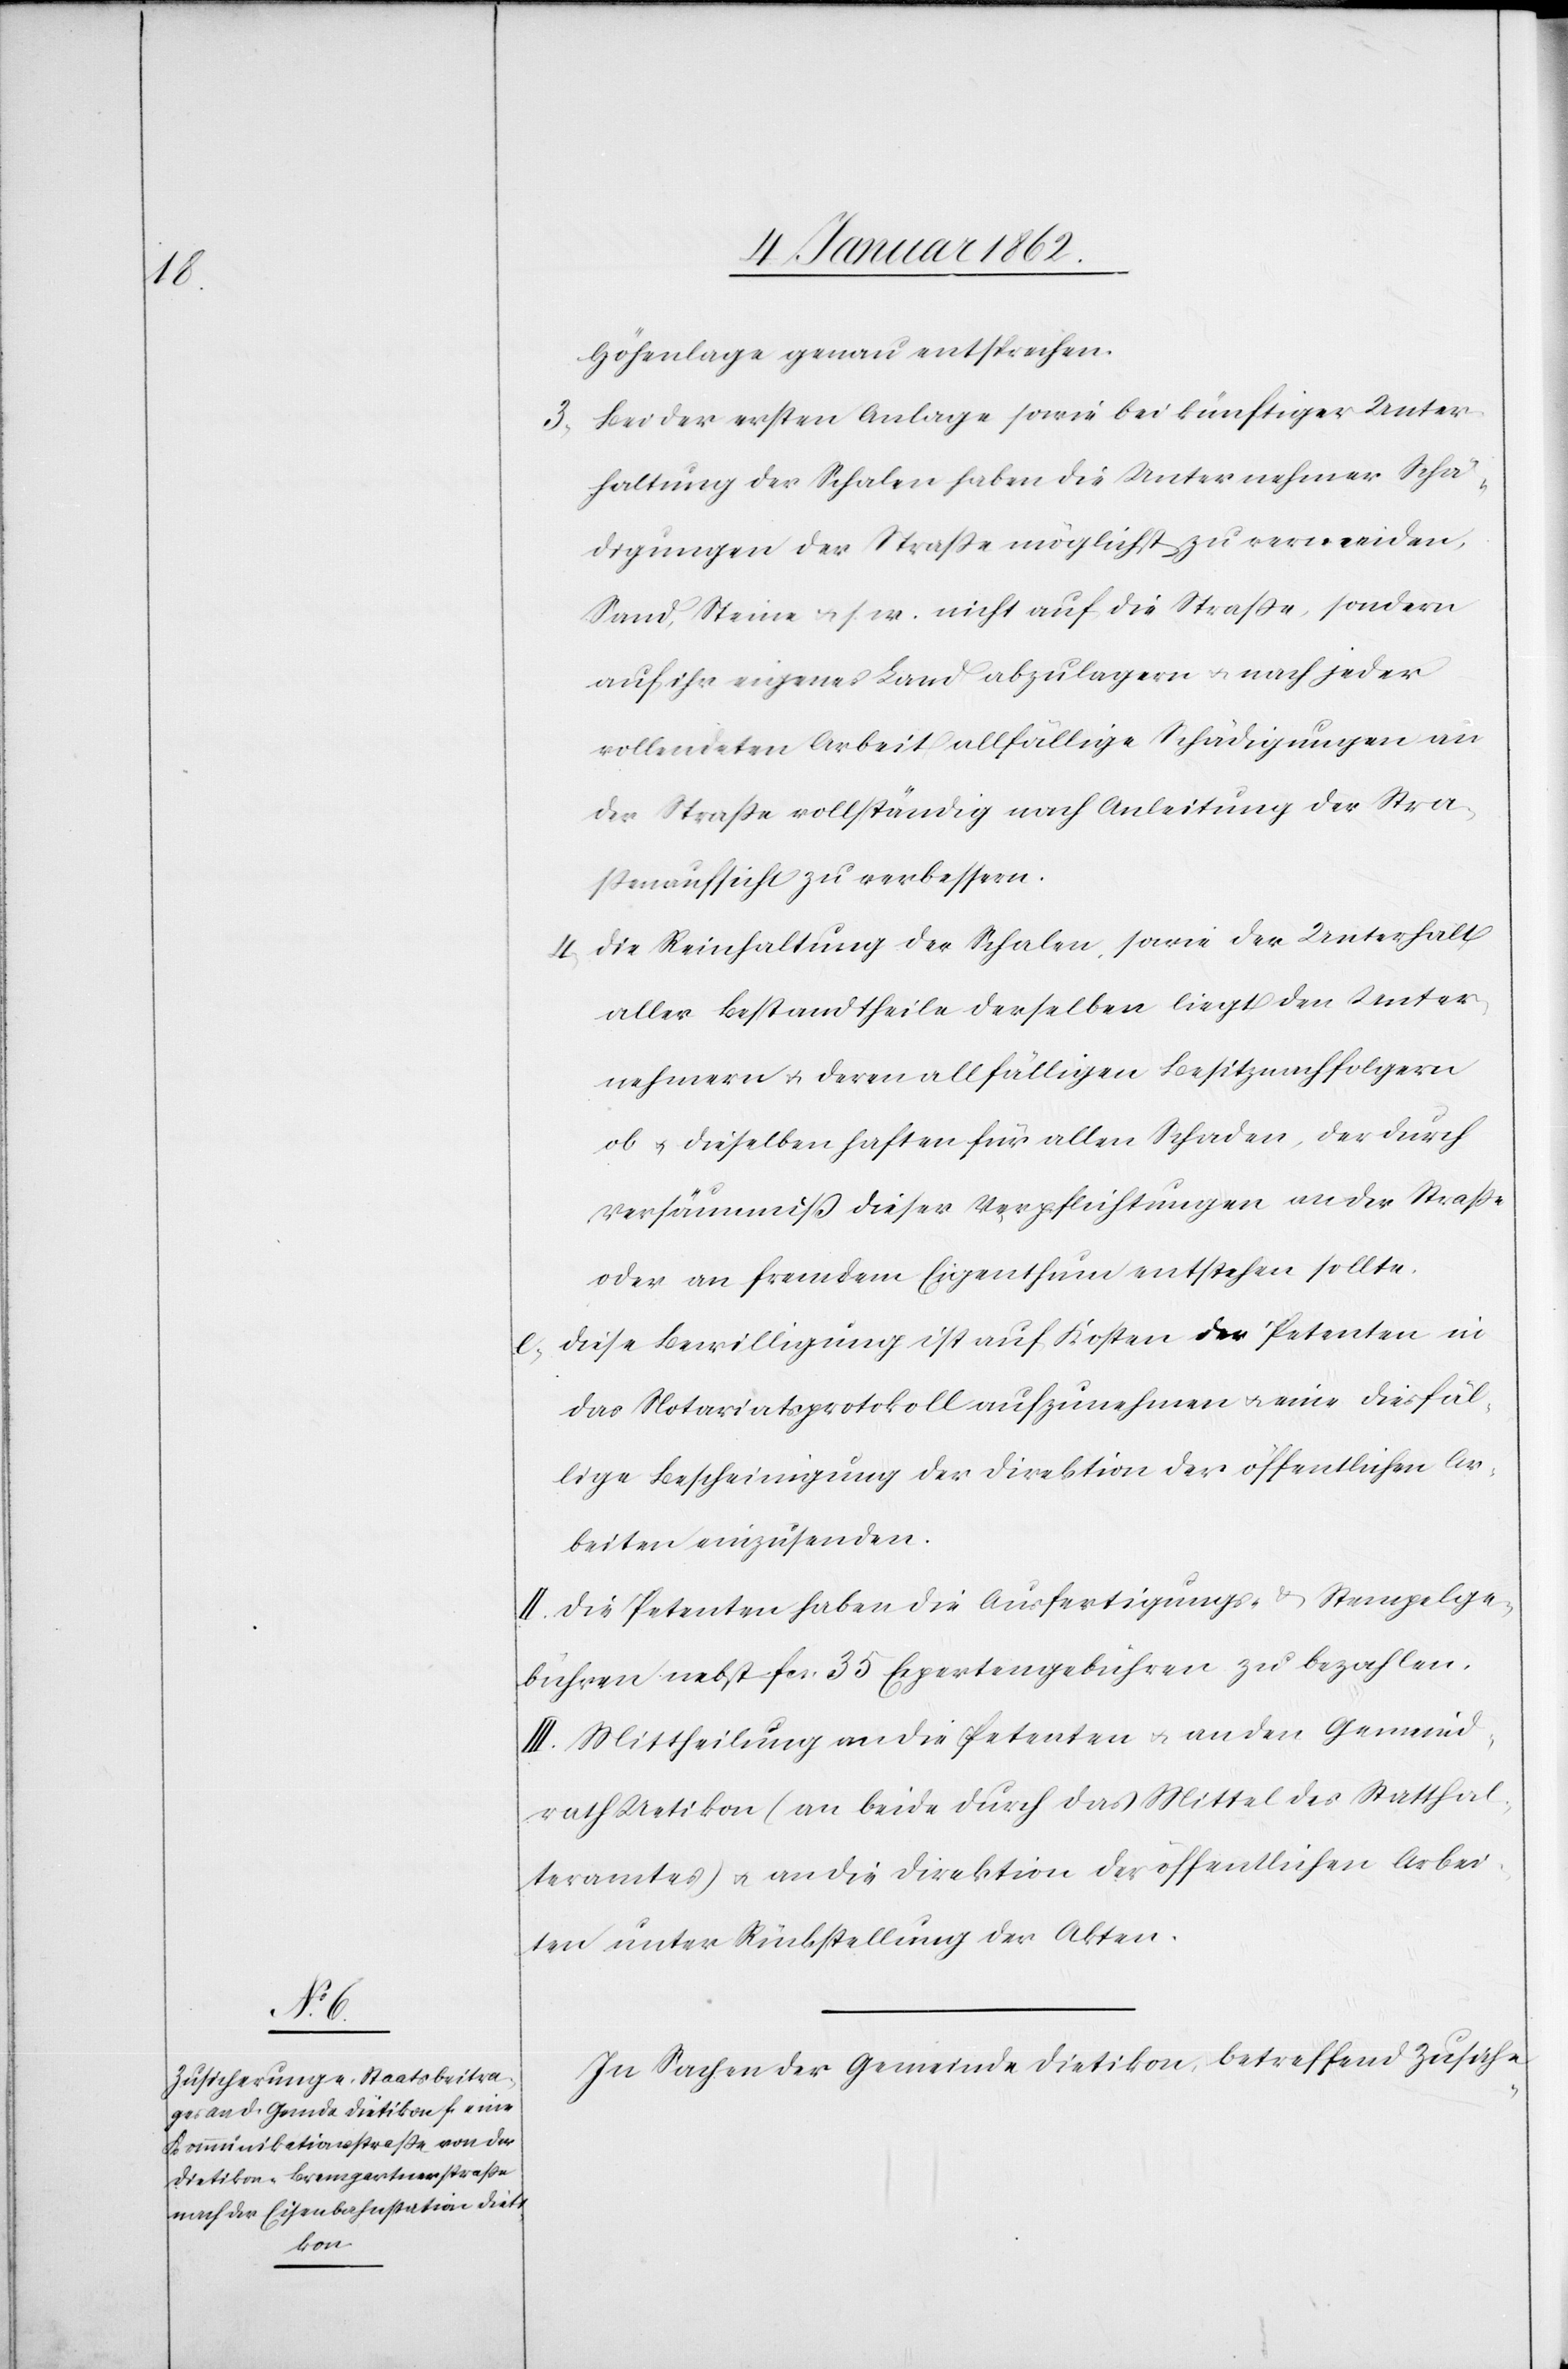
Höhenlage genau entsprechen.
3) Bei der ersten Anlage sowie bei künftiger Unter¬
haltung der Schalen haben die Unternehmer Schä¬
digungen der Straße möglichst zu vermeiden,
Sand, Steine u. s. w. nicht auf die Straße, sondern
auf ihr eigenes Land abzulagern u. nach jeder
vollendeten Arbeit allfällige Schädigungen an
der Straße vollständig nach Anleitung der Stra¬
ßenaufsicht zu verbessern.
4) Die Reinhaltung der Schalen sowie der Unterhalt
aller Bestandtheile derselben liegt den Unter¬
nehmern u. deren allfälligen Besitznachfolgern
ob u. dieselben haften für allen Schaden, der durch
Versäumniß dieser Verpflichtungen an der Straße
oder an fremdem Eigenthum entstehen sollte.
e Diese Bewilligung ist auf Kosten der Petenten in
das Notariatsprotokoll aufzunehmen u. eine diesfäl¬
lige Bescheinigung der Direktion der öffentlichen Ar¬
beiten einzusenden.
II. Die Petenten haben die Ausfertigungs- u. Stempelge¬
bühren nebst fcs. 35 Expertengebühren zu bezahlen.
III. Mittheilung an die Petenten u. an den Gemeind¬
rath Uetikon (an beide durch das Mittel des Statthal¬
teramtes) u. an die Direktion der öffentlichen Arbei¬
ten unter Rückstellung der Akten.
In Sachen der Gemeinde Dietikon betreffend Zusiche-